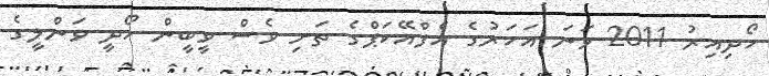
ހޯދިއިރު 2011 ވަނަ އަހަރުގެ އެފްއޭކަޕްގެ ތަށި ވެސް ވީބީން ހޯދީ ވަންލީގެ